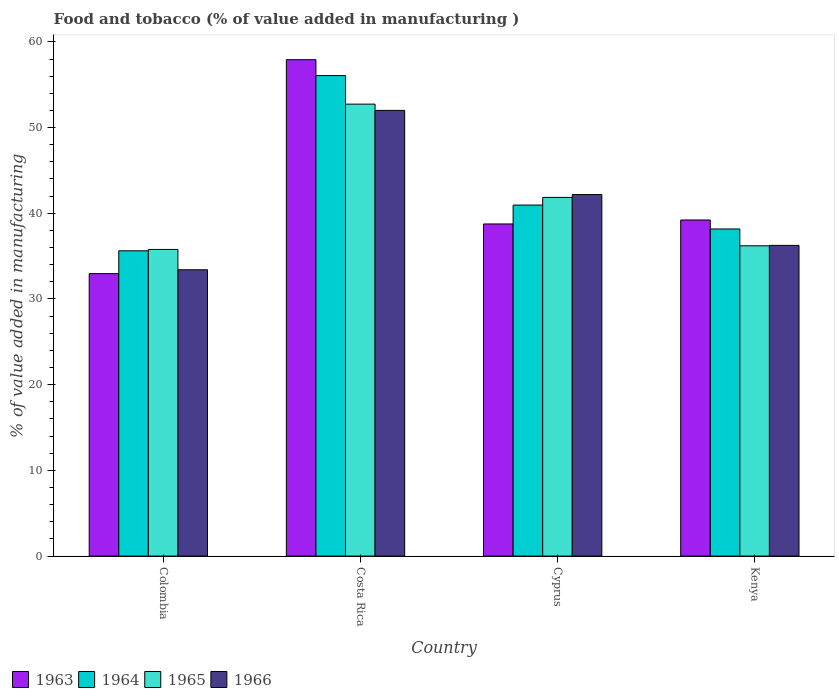
| Country | 1963 | 1964 | 1965 | 1966 |
 | --- | --- | --- | --- | --- |
 | Colombia | 33 | 35.6 | 35.8 | 33.4 |
 | Costa Rica | 57.9 | 56.1 | 52.7 | 52 |
 | Cyprus | 38.8 | 41 | 41.9 | 42.2 |
 | Kenya | 39.2 | 38.2 | 36.2 | 36.3 |